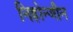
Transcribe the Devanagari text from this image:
निहोन्जीन